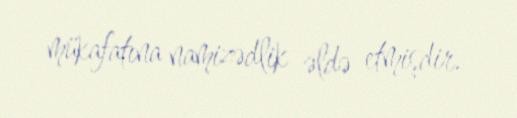
mükafatına namizədlik əldə etmişdir.